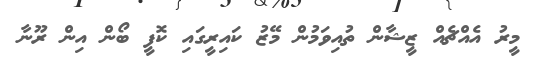
މީރު އެއްޗެއް ޒީޝާން ތުއިވަމުން މޭޒު ކައިރީގައި ކޮފީ ބޯން އިން ރޫނާ